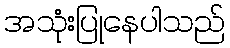
အသုံးပြုနေပါသည်